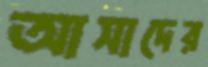
আসাদের